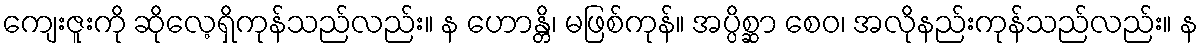
ကျေးဇူးကို ဆိုလေ့ရှိကုန်သည်လည်း။ န ဟောန္တိ၊ မဖြစ်ကုန်။ အပ္ပိစ္ဆာ စေဝ၊ အလိုနည်းကုန်သည်လည်း။ န